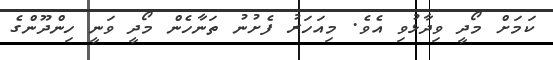
ކަމަށް މޯދީ ވިދާޅުވި އެވެ. މިއަހަރު ފެށުނު ތަނާހެން މޯދީ ވަނީ ހިންދޫންގެ